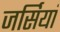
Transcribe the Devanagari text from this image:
जर्सियां